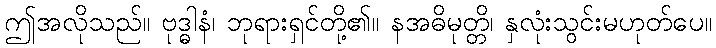
ဤအလိုသည်။ ဗုဒ္ဓါနံ၊ ဘုရားရှင်တို့၏။ နအဓိမုတ္တိ၊ နှလုံးသွင်းမဟုတ်ပေ။